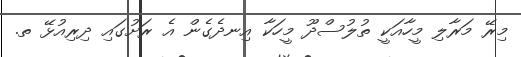
މިރޭ މަރާލި މީހާއަކީ ތުލުސްދޫ މީހަކާ އިނދެގެން އެ ރަށުގައި ދިރިއުޅޭ ތ.